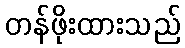
တန်ဖိုးထားသည်